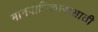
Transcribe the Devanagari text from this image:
मानवाधिकारासाठी